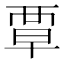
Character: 覃